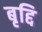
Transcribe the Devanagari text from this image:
बृद्दि